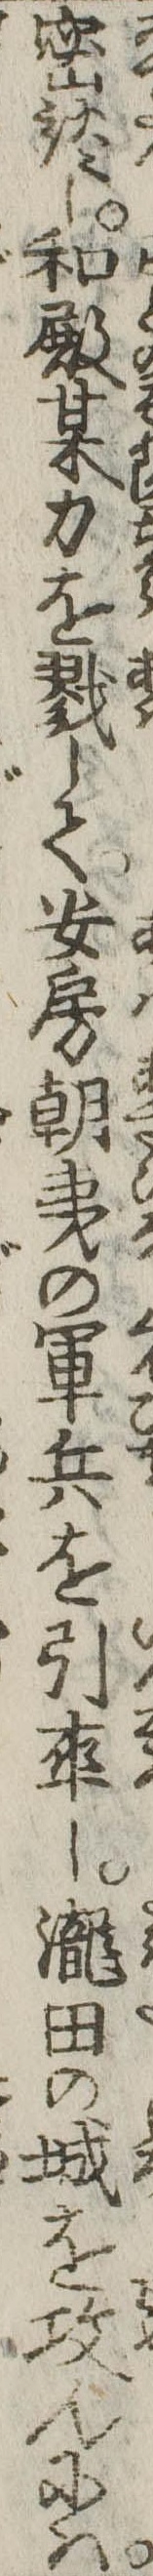
密談し和殿某力を戮して安房朝夷の軍兵を引率し滝田の城を攻んには